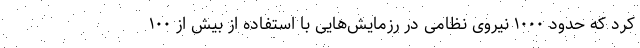
کرد که حدود ۱۰۰۰ نیروی نظامی در رزمایش‌هایی با استفاده از بیش از ۱۰۰